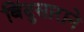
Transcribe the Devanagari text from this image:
बिंदुसाराने